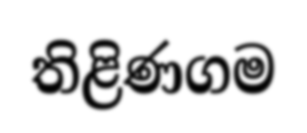
තිළිණගම